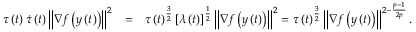
\begin{array} { r l r } { \tau \left( t \right) \dot { \tau } \left( t \right) \left\lVert \nabla f \left( y \left( t \right) \right) \right\rVert ^ { 2 } } & { = } & { \tau \left( t \right) ^ { \frac { 3 } { 2 } } \left[ \lambda \left( t \right) \right] ^ { \frac { 1 } { 2 } } \left\lVert \nabla f \left( y \left( t \right) \right) \right\rVert ^ { 2 } = \tau \left( t \right) ^ { \frac { 3 } { 2 } } \left\lVert \nabla f \left( y \left( t \right) \right) \right\rVert ^ { 2 - \frac { p - 1 } { 2 p } } . } \end{array}